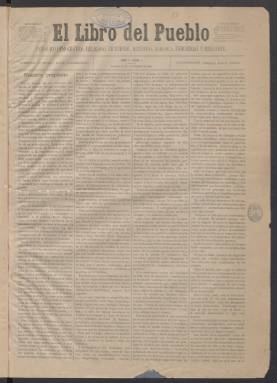
Título: El Libro del pueblo
Colección: Periódicos
Ámbito geográfico: Madrid
Lugar de publicación: Madrid
Fechas: 28/12/1880-06/02/1881